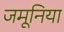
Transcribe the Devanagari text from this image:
जमूनिया